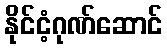
နိုင်ငံ့ဂုဏ်ဆောင်